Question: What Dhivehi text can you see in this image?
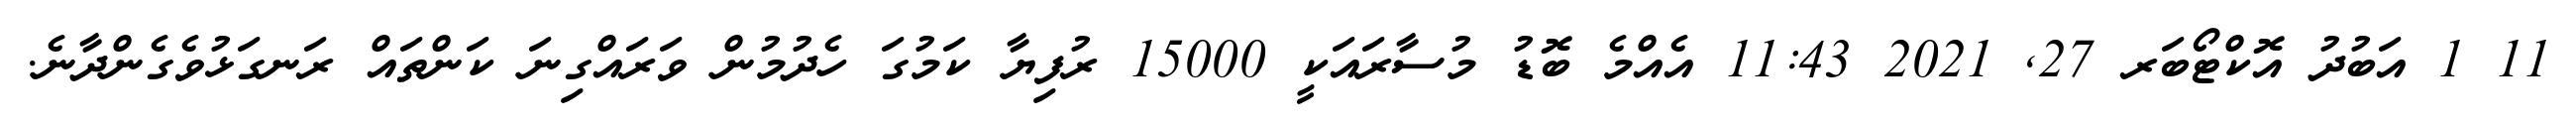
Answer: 11 1 އަބުދު އޮކްޓޯބަރ 27, 2021 11:43 އެއްމެ ބޮޑު މުސާރައަކީ 15000 ރުފިޔާ ކަމުގަ ހެދުމުން ވަރައްގިނަ ކަންތައް ރަނގަޅުވެގެންދާނެ.